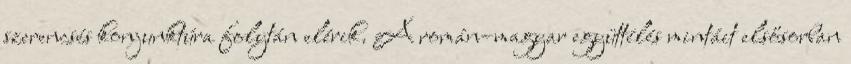
szerencsés konjunktúra folytán elérik. A román–magyar együttélés mintáit elsősorban